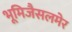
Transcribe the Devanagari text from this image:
भूमिजैसलमेर